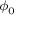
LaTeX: \scriptstyle \phi _ { 0 }